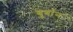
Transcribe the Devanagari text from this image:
बूर्बान